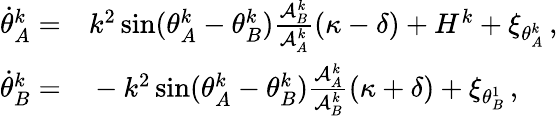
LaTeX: \begin{array}{rl}{\dot{\theta}_{A}^{k}=}&{{}k^{2}\sin(\theta_{A}^{k}-\theta_{B}^{k})\frac{\mathcal{A}_{B}^{k}}{\mathcal{A}_{A}^{k}}(\kappa-\delta)+H^{k}+\xi_{\theta_{A}^{k}}\, ,}\\ {\dot{\theta}_{B}^{k}=}&{{}-k^{2}\sin(\theta_{A}^{k}-\theta_{B}^{k})\frac{\mathcal{A}_{A}^{k}}{\mathcal{A}_{B}^{k}}(\kappa+\delta)+\xi_{\theta_{B}^{1}}\, ,}\end{array}